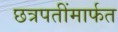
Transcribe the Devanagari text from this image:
छत्रपतींमार्फत